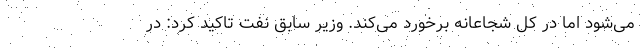
می‌شود اما در کل شجاعانه برخورد می‌کند. وزیر سابق نفت تاکید کرد: در